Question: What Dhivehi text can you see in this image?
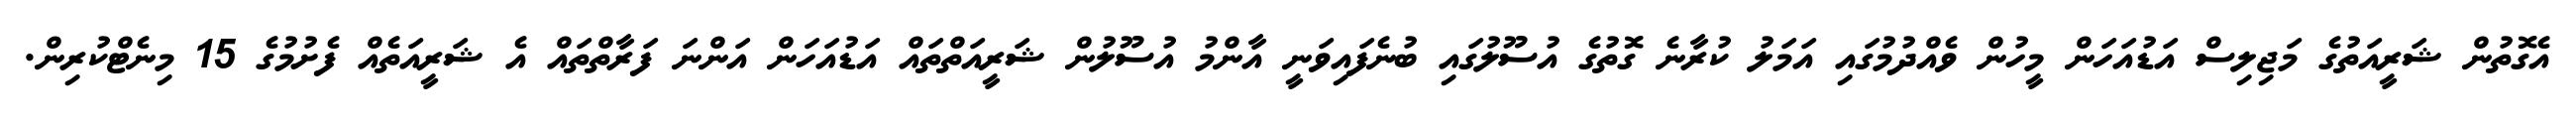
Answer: އެގޮތުން ޝަރީއަތުގެ މަޖިލިސް އަޑުއަހަން މީހުން ވެއްދުމުގައި އަމަލު ކުރާނެ ގޮތުގެ އުސޫލުގައި ބުނެފައިވަނީ އާންމު އުސޫލުން ޝަރީއަތްތައް އަޑުއަހަން އަންނަ ފަރާތްތައް އެ ޝަރީއަތެއް ފެށުމުގެ 15 މިނެޓްކުރިން.